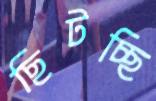
ছিটচ্ছি